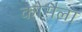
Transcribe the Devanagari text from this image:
कोसैला